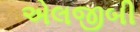
એલજીબી